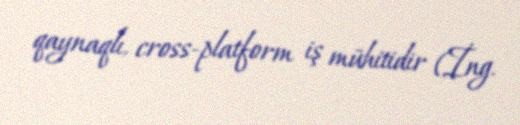
qaynaqlı, cross-platform iş mühitidir (İng.